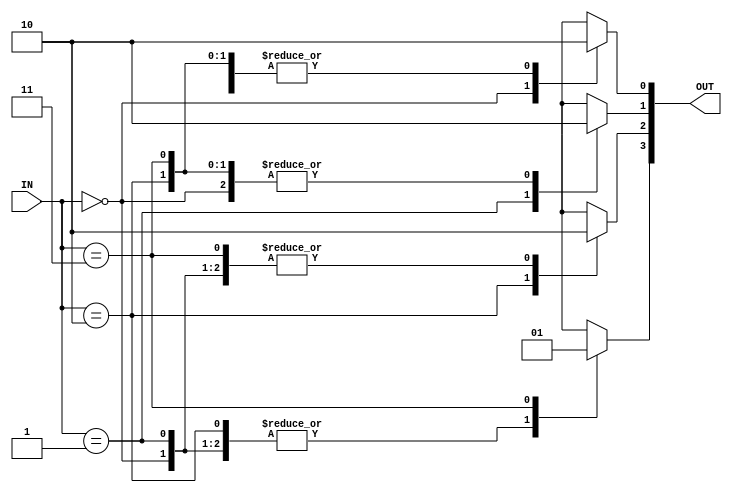
/* -----------------------------------------------------------------------------------
 * Module Name  : decoder_Nx2pN
 *
 * Description  : Basic N to 2**N decoder which is of course, parameterized
 * ----------------------------------------------------------------------------------- */

module decoder_Nx2pN #( parameter N = 2 )   ( 
                                                input [N-1:0] IN,
                                                output reg [(2**N)-1:0] OUT
                                            );

    integer i = 0;

    always@(*)
    begin
        for( i = 0; i < 2**N; i = i + 1 )
        begin
            OUT[i] = 0;
        end

        OUT[IN] = 1'b1;
    end

endmodule